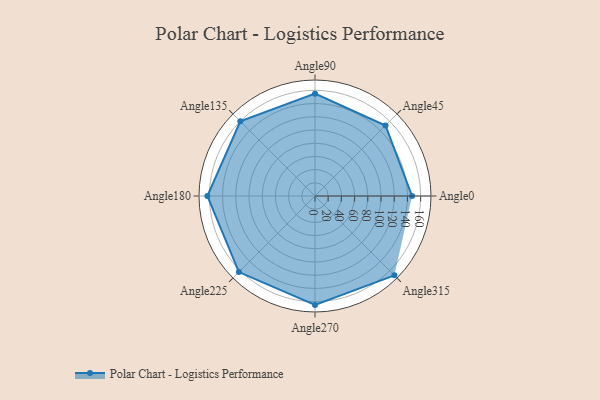
{"axis": {"x": "Angle", "y": "Radius"}, "legend": [""], "data": [{"x": "Angle0", "y": 147.0, "type": ""}, {"x": "Angle45", "y": 151.0, "type": ""}, {"x": "Angle90", "y": 155.0, "type": ""}, {"x": "Angle135", "y": 160.0, "type": ""}, {"x": "Angle180", "y": 163.0, "type": ""}, {"x": "Angle225", "y": 163.0, "type": ""}, {"x": "Angle270", "y": 165.0, "type": ""}, {"x": "Angle315", "y": 170, "type": ""}]}